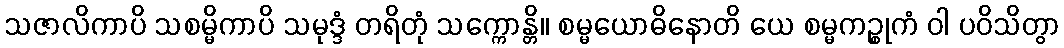
သဇာလိကာပိ သစမ္မိကာပိ သမုဒ္ဒံ တရိတုံ သက္ကောန္တိ။ စမ္မယောဓိနောတိ ယေ စမ္မကဉ္စုကံ ဝါ ပဝိသိတွာ